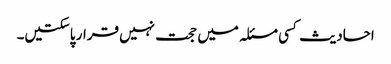
احادیث کسی مسئلہ میں حجت نہیں قرار پاسکتیں۔